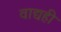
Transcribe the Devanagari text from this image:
वाद्यही